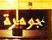
جوهرة